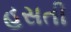
હસતી